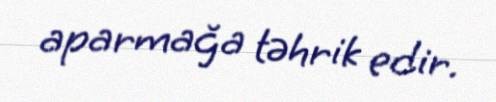
aparmağa təhrik edir.